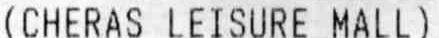
(CHERAS LEISURE MALL)